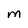
Character: M